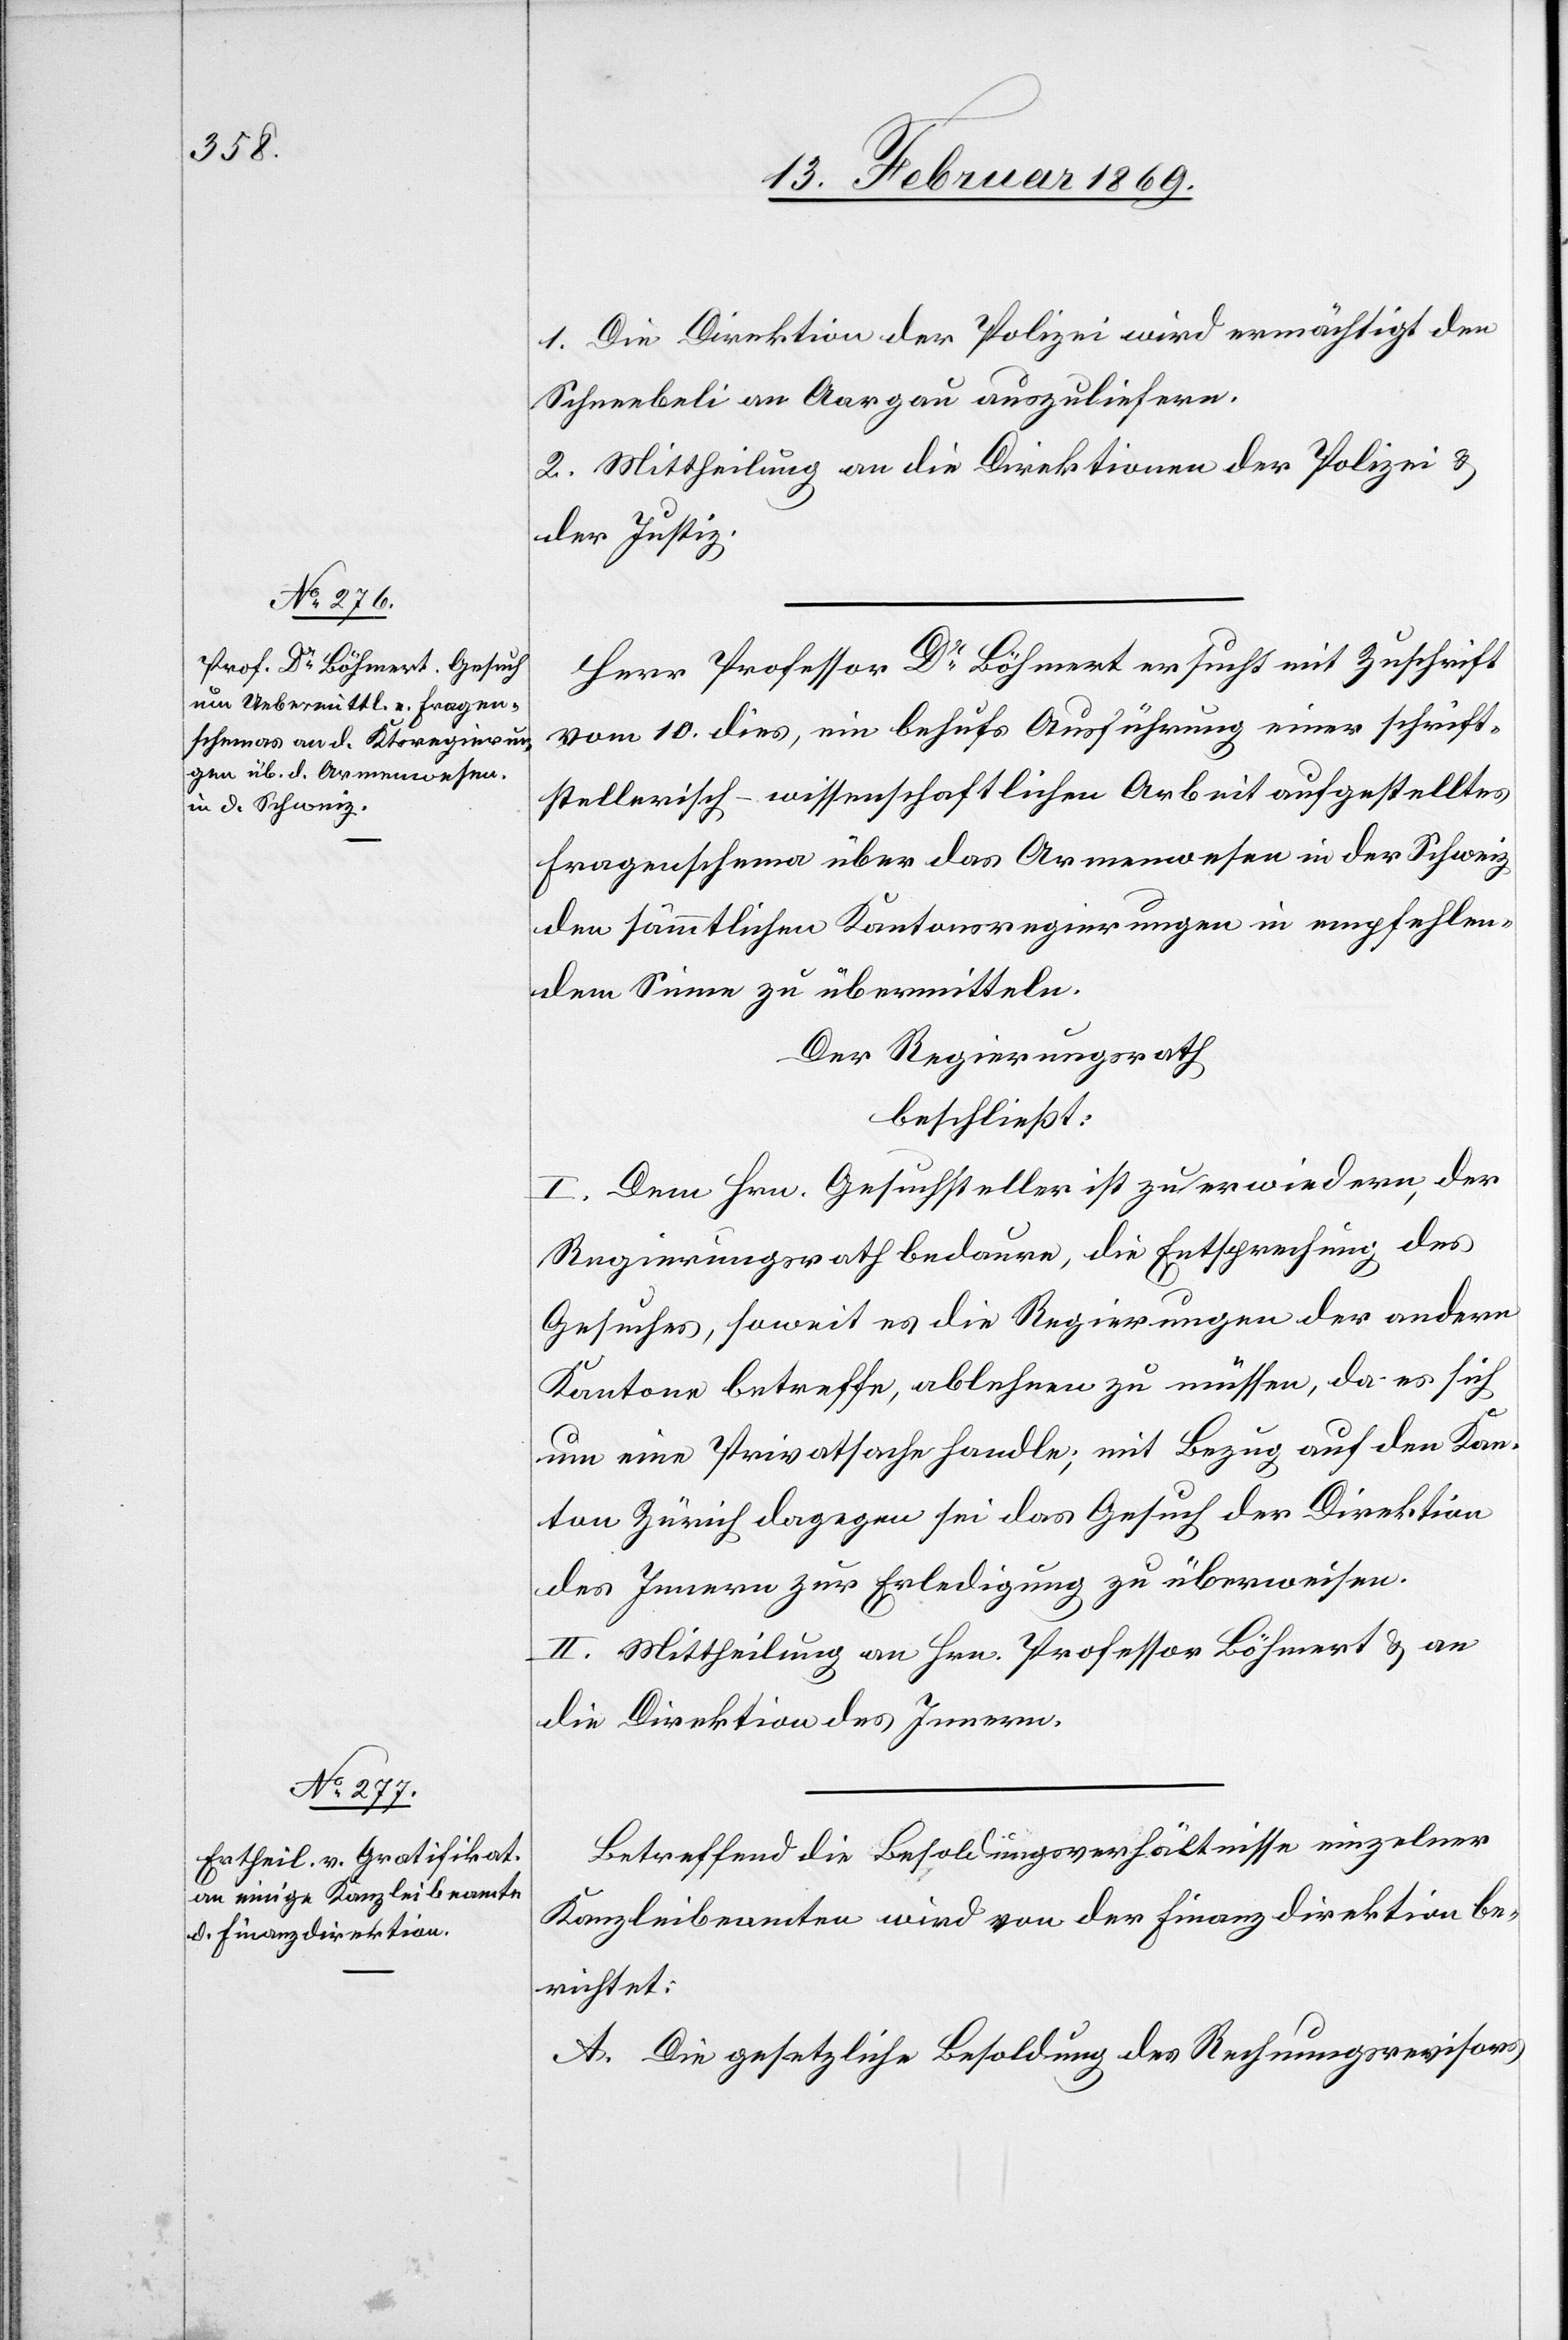
1. Die Direktion der Polizei wird ermächtigt den
Schneebeli an Aargau auszuliefern.
2. Mittheilung an die Direktionen der Polizei u.
der Justiz.
Herr Professor Dr Böhmert ersucht mit Zuschrift
vom 10. dies, ein behufs Ausführung einer schrift¬
stellerisch-wissenschaftlichen Arbeit aufgestelltes
Fragenschema über das Armenwesen in der Schweiz
den sämmtlichen Kantonsregierungen in empfehlen¬
dem Sinne zu übermitteln.
Der Regierungsrath
beschließt:
I. Dem Hrn. Gesuchsteller ist zu erwiedern, der
Regierungsrath bedaure, die Entsprechung des
Gesuches, soweit es die Regierungen der andern
Kantone betreffe, ablehnen zu müssen, da es sich
um eine Privatsache handle; mit Bezug auf den Kan¬
ton Zürich dagegen sei das Gesuch der Direktion
des Innern zur Erledigung zu überweisen.
II. Mittheilung an Hrn. Professor Böhmert & an
die Direktion des Innern.
Betreffend die Besoldungsverhältnisse einzelner
Kanzleibeamten wird von der Finanzdirektion be¬
richtet:
A. Die gesetzliche Besoldung des Rechnungsrevisors